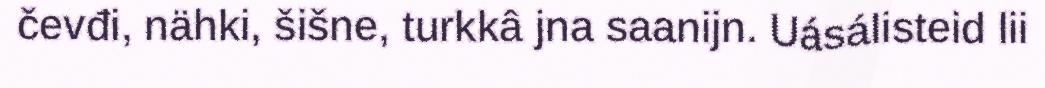
čevđi, nähki, šišne, turkkâ jna saanijn. Uásálisteid lii